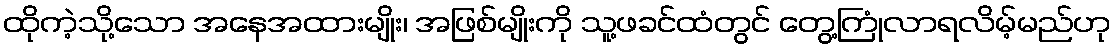
ထိုကဲ့သို့သော အနေအထားမျိုး၊ အဖြစ်မျိုးကို သူ့ဖခင်ထံတွင် တွေ့ကြုံလာရလိမ့်မည်ဟု